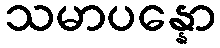
သမာပန္နော